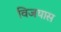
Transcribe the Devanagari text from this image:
विजयास